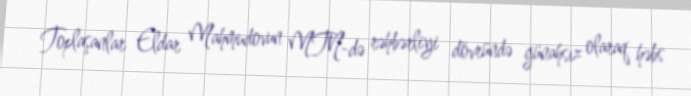
Toplaşanlar Eldar Mahmudovun MTN-də rəhbərliyi dövründə günahsız olaraq həbs